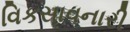
વિકસાવનારી